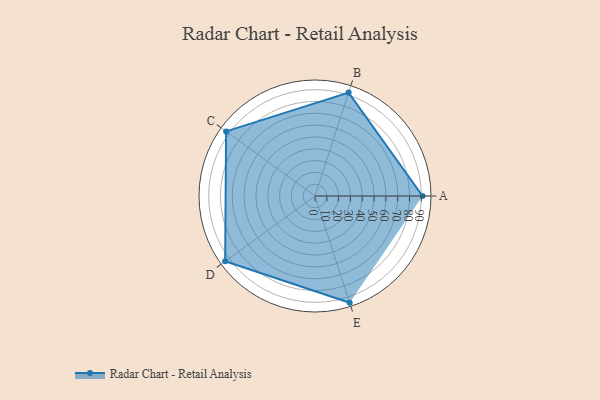
{"axis": {"x": "Skill", "y": "Score"}, "legend": ["Profile"], "data": [{"x": "A", "y": 91.0, "type": "Profile"}, {"x": "B", "y": 92.0, "type": "Profile"}, {"x": "C", "y": 93.0, "type": "Profile"}, {"x": "D", "y": 94.0, "type": "Profile"}, {"x": "E", "y": 95.0, "type": "Profile"}]}